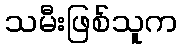
သမီးဖြစ်သူက